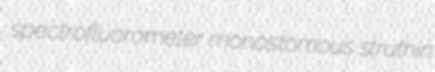
spectrofluorometer monostomous struthin